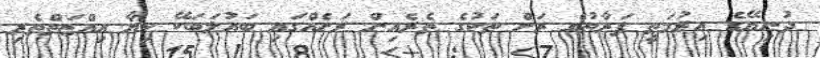
ދުނިޔޭގެ އިރުމަތީ ފަރާތުގެ ރަށް ތަކުގެ ތެރެއިން ރަށެއްގައި ބައުލަބަކޭ ކިޔާ އިއްޒަތްތެރި